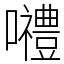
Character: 𡅏